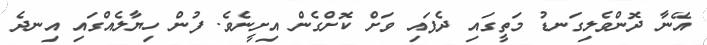
އޭނާ ދޮންވެލިގަނޑު މަތީގައި ދެފައި ވަށް ކޮށްގެން އިށީނެވެ. ފުން ހިޔާލެއްގައި އިނދެ